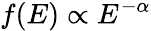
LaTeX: f(E)\propto E^{-\alpha}